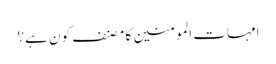
امہات المومنین کا مصنف کون ہے؟